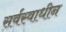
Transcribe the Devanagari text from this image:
सर्वस्वाधीन